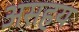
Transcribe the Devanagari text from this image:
असहय